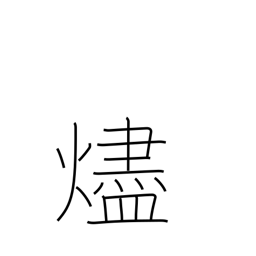
Meaning: embers